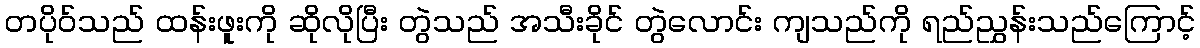
တပိုဝ်သည် ထန်းဖူးကို ဆိုလိုပြီး တွဲသည် အသီးခိုင် တွဲလောင်း ကျသည်ကို ရည်ညွှန်းသည်ကြောင့်